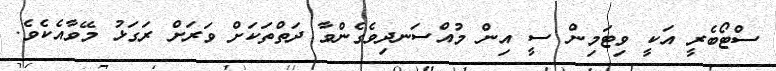
ސްޓޯބެރީ އަކީ ވިޓަމިން ސީ އިން މުއްސަނދިވެގެންވާ ދަތްތަކަށް ވަރަށް ރަގަޅު މޭވާއެކެވެ.